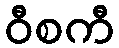
ဝီစကီ